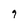
Character: 9